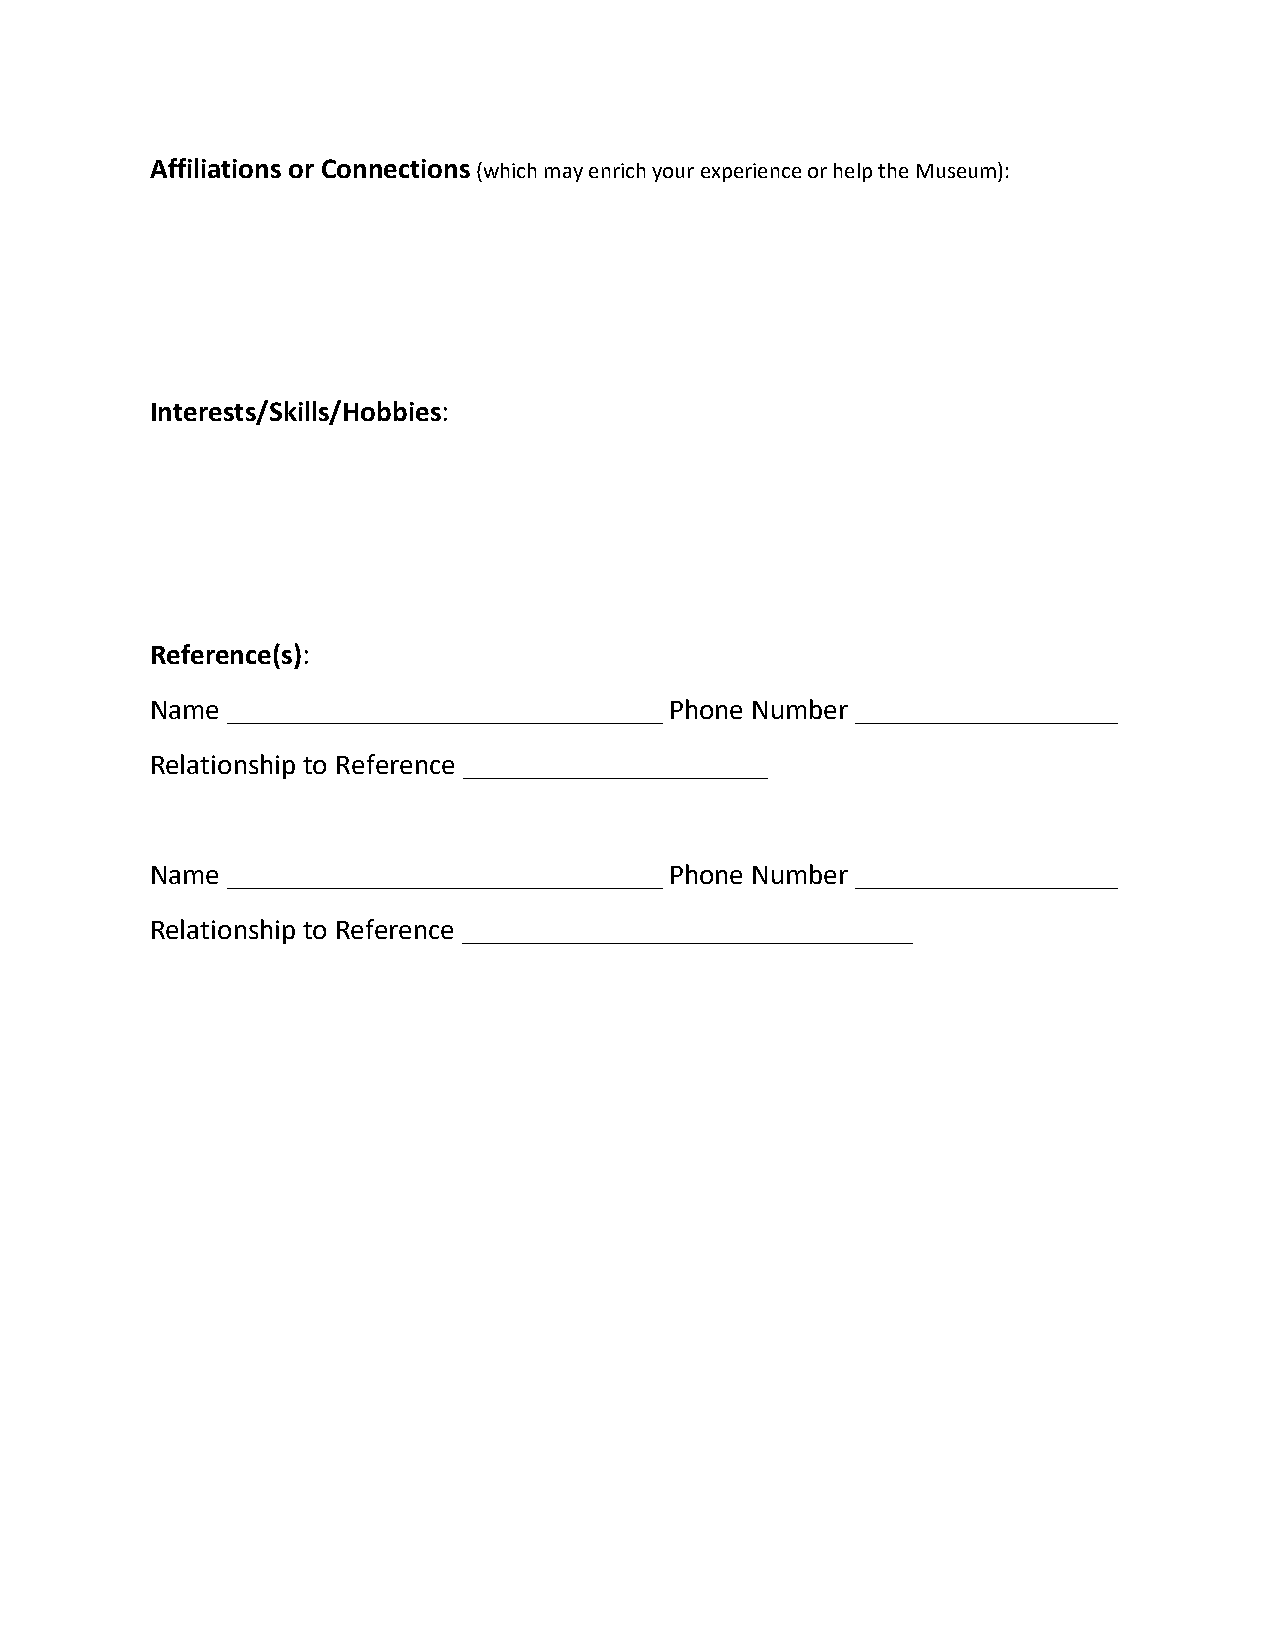
Affiliations or Connections (which may enrich your experience or help the Museum):
 Interests/Skills/Hobbies:
 Reference(s):
 Name ______________________________ Phone Number __________________
 Relationship to Reference _____________________
 Name ______________________________ Phone Number __________________
 Relationship to Reference _______________________________